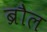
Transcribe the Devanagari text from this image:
ब्रौल